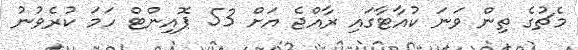
މެޗުގެ ތިން ވަނަ ކުއާޓާގައި ރާއްޖެ އަށް 53 ޕޮއިންޓް ހަމަ ކުރެވުނު